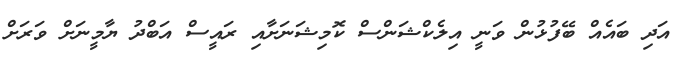
އަދި ބައެއް ބޭފުޅުން ވަނީ އިލެކްޝަންސް ކޮމިޝަނަށާއި ރައީސް އަބްދު ޔާމީނަށް ވަރަށް